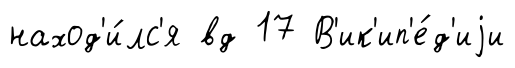
наход'и́лс'я вд 17 В'ик'ип'е́д'иjи